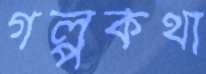
গল্পকথা